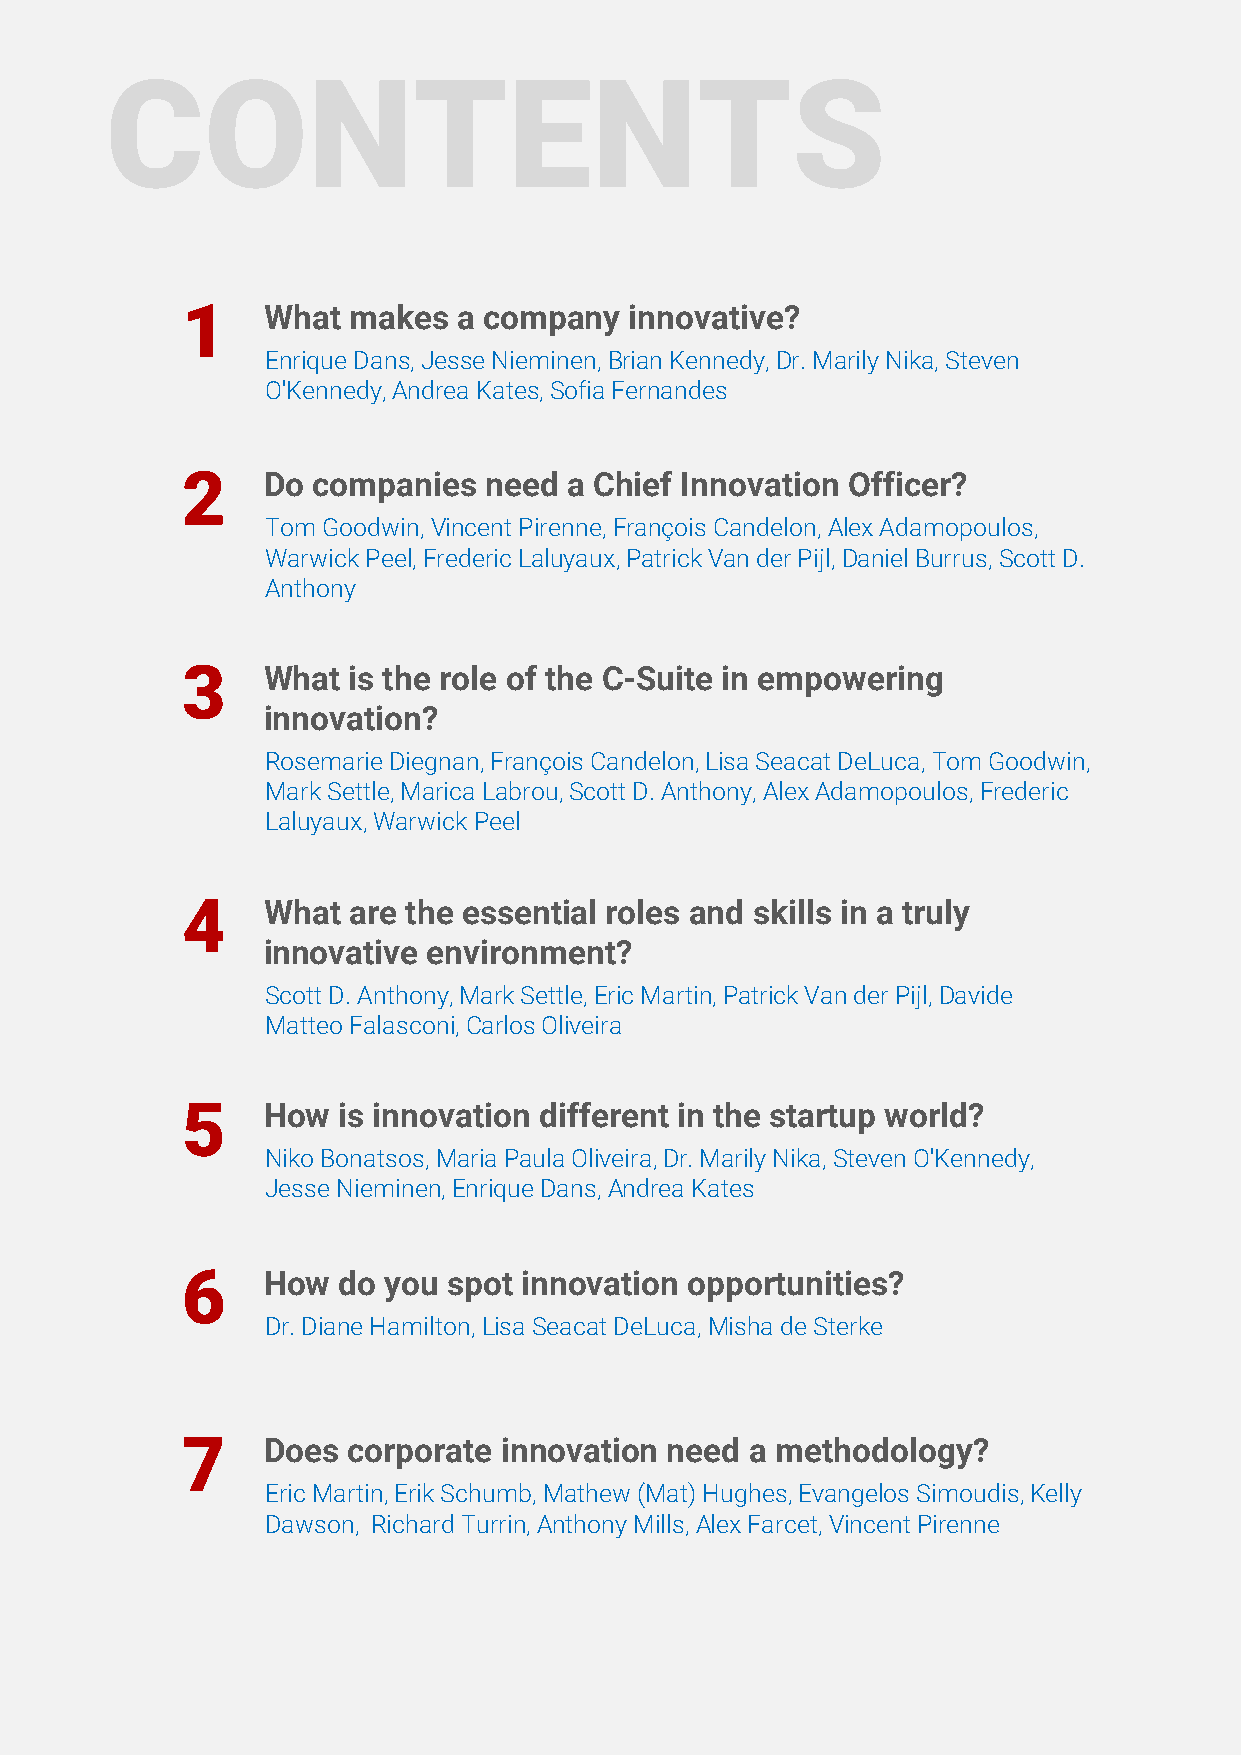
CONTENTS
 1    What  makes  a company   innovative?
 Enrique Dans, Jesse Nieminen, Brian Kennedy, Dr. Marily Nika, Steven
 O'Kennedy, Andrea Kates, Sofia Fernandes
 2    Do  companies  need  a Chief Innovation Officer?
 Tom Goodwin, Vincent Pirenne, François Candelon, Alex Adamopoulos,
 Warwick Peel, Frederic Laluyaux, Patrick Van der Pijl, Daniel Burrus, Scott D.
 Anthony
 3    What  is the role of the C-Suite in empowering
 innovation?
 Rosemarie Diegnan, François Candelon, Lisa Seacat DeLuca, Tom Goodwin,
 Mark Settle, Marica Labrou, Scott D. Anthony, Alex Adamopoulos, Frederic
 Laluyaux, Warwick Peel
 4    What  are the essential roles and skills in a truly
 innovative environment?
 Scott D. Anthony, Mark Settle, Eric Martin, Patrick Van der Pijl, Davide
 Matteo Falasconi, Carlos Oliveira
 5    How  is innovation different in the startup world?
 Niko Bonatsos, Maria Paula Oliveira, Dr. Marily Nika, Steven O'Kennedy,
 Jesse Nieminen, Enrique Dans, Andrea Kates
 6    How  do you  spot innovation opportunities?
 Dr. Diane Hamilton, Lisa Seacat DeLuca, Misha de Sterke
 7    Does  corporate innovation need  a methodology?
 Eric Martin, Erik Schumb, Mathew (Mat) Hughes, Evangelos Simoudis, Kelly
 Dawson, Richard Turrin, Anthony Mills, Alex Farcet, Vincent Pirenne